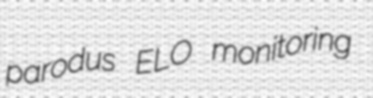
parodus ELO monitoring